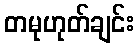
တမုဟုတ်ချင်း